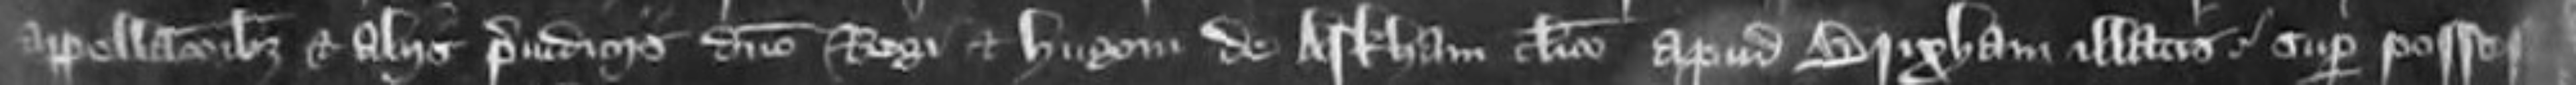
appellacionibus et aliis prejudiciis domino Regi et Hugom de Arkham cleric apud Brixham illatis super possesione